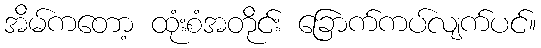
အိမ်ကတော့ ထုံးစံအတိုင်း ခြောက်ကပ်လျက်ပင်။